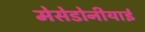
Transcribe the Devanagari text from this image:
मेसेडोनीयाई